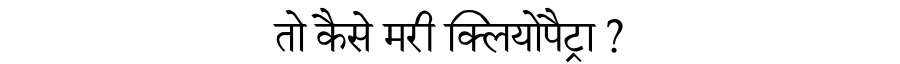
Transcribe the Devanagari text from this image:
तो कैसे मरी क्लियोपैट्रा ?